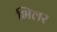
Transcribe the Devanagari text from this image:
भिलर